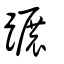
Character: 蹍